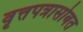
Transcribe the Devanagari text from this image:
वृत्तपत्रासोबत